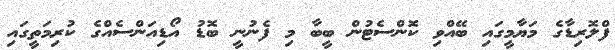
ފްލޮރިޑާގެ މަޔާމީގައި ބޭއްވި ކޮންސެޓުން ބީބާ މި ފެނުނީ ބޮޑު އޯޑިއަންސެއްގެ ކުރިމަތީގައި